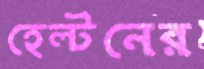
হেল্টনের